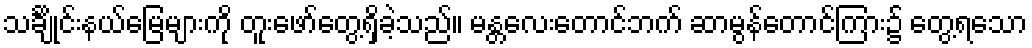
သင်္ချိုင်းနယ်မြေများကို တူးဖော်တွေ့ရှိခဲ့သည်။ မန္တလေးတောင်ဘက် ဆာမွန်တောင်ကြား၌ တွေ့ရသော